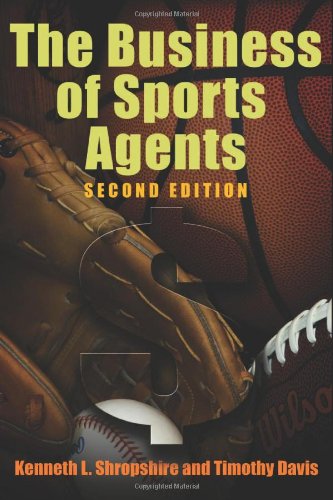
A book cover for The Business of Sports Agents, 2nd Edition; Kenneth L. Shropshire; Business & Money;